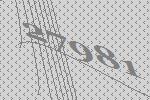
27981